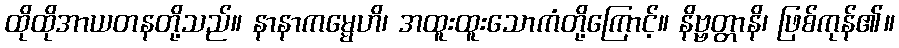
ထိုထိုအာယတနတို့သည်။ နာနာကမ္မေဟိ၊ အထူးထူးသောကံတို့ကြောင့်။ နိဗ္ဗတ္တာနိ၊ ဖြစ်ကုန်၏။